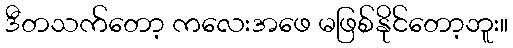
ဒီတသက်တော့ ကလေးအဖေ မဖြစ်နိုင်တော့ဘူး။